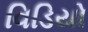
વિડિયો